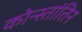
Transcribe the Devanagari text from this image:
कोन्स्तांतिन